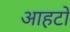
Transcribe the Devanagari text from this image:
आहटों